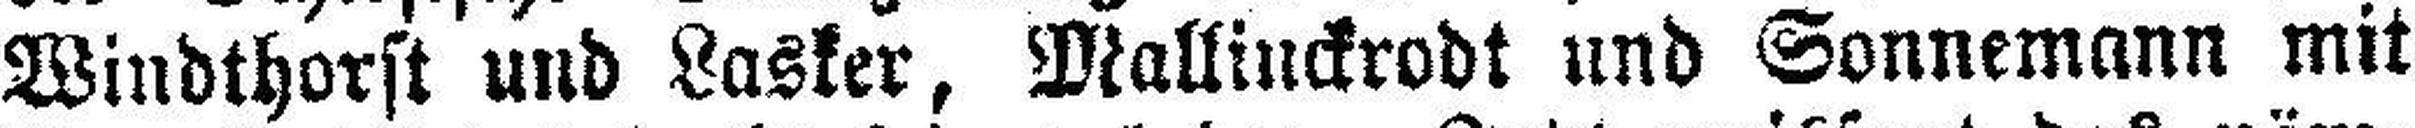
Windthorst und Lasker, Mallinckrodt und Sonnemann mit